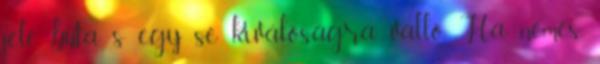
jele buta s egy se kiválóságra valló. Ha nemes,